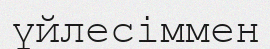
үйлесіммен